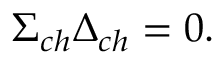
\Sigma _ { c h } \Delta _ { c h } = 0 .